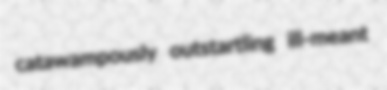
catawampously outstartling ill-meant